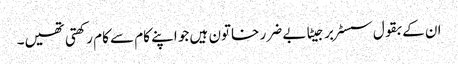
ان کے بقول سسٹر برجیٹا بے ضرر خاتون ہیں جو اپنے کام سے کام رکھتی تھیں۔